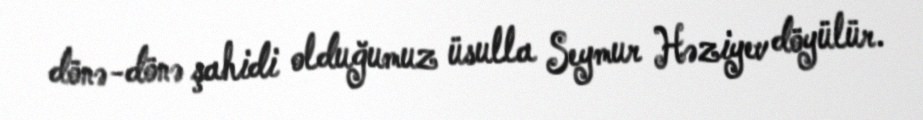
dönə-dönə şahidi olduğumuz üsulla Seymur Həziyev döyülür.